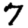
Digit: 7